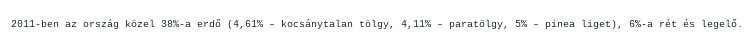
2011-ben az ország közel 38%-a erdő (4,61% – kocsánytalan tölgy, 4,11% – paratölgy, 5% – pinea liget), 6%-a rét és legelő.